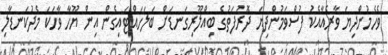
ވެހެމުންދިޔަ ވާރެއާއެކު ފުސްވަމުންދިޔަ ދޮރުފަތުގެ ބިއްލޫރިގަނޑަށް ބަލަހައްޓައިގެން އިން ޔޫހާ ވާހަކަ މެދުކަނޑާލި